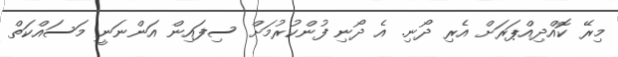
މިރޭ ކޮއްދިއްޕަރަށް އެރި ދޯނި. އެ ދޯނި ފުންކުރުމަށް ސިފައިން އަންނަނީ މަސައްކަތް